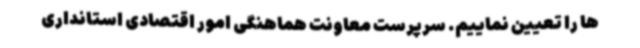
ها را تعیین نماییم. سرپرست معاونت هماهنگی امور اقتصادی استانداری